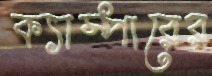
ক্যাম্পারের